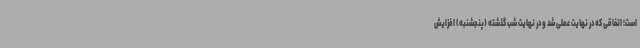
است؛ اتفاقی که در نهایت عملی شد و در نهایت شب گذشته (پنجشنبه) افزایش